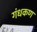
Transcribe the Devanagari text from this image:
गंधकण